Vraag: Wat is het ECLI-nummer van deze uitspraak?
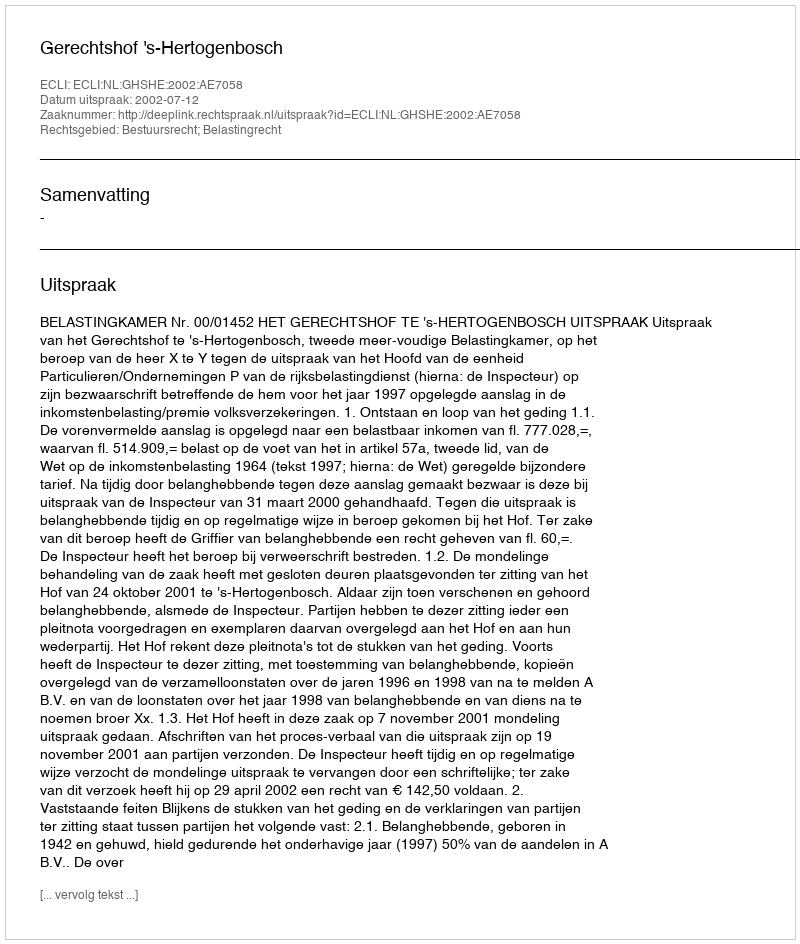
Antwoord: ECLI:NL:GHSHE:2002:AE7058